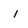
Character: l